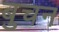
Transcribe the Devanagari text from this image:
बुचन